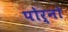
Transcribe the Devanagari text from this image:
पोर्नो